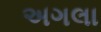
અગલા